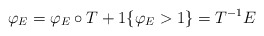
\begin{align*}\varphi_{E}=\varphi_{E}\circ T+1\{\varphi_{E}>1\}=T^{-1}E\end{align*}